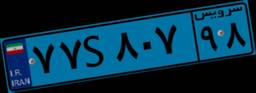
۱۹S۸۹۲۸۴